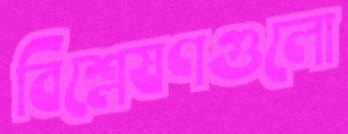
বিশ্লেষণগুলো